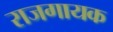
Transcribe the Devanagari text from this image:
राजगायक